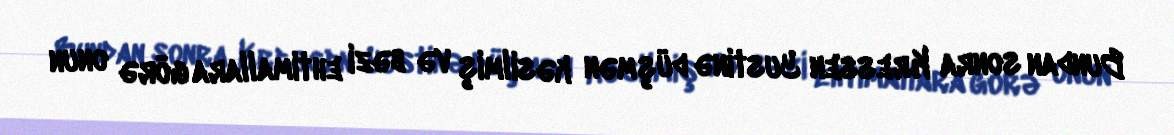
Bundan sonra Kressen Yustinə düşmən kəsilmiş və bəzi ehtimallara görə onun